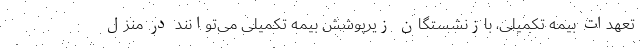
تعهدات بیمه تکمیلی، بازنشستگان زیرپوشش بیمه تکمیلی می‌توانند در منزل